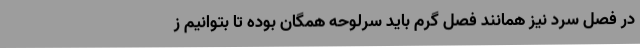
در فصل سرد نیز همانند فصل گرم باید سرلوحه همگان بوده تا بتوانیم ز